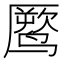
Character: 𱊧